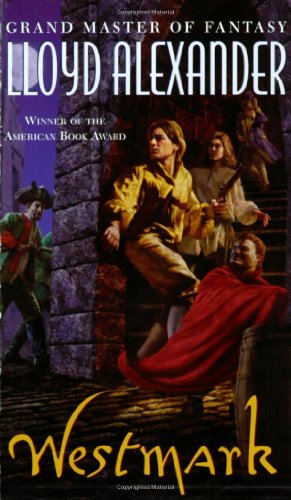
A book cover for Westmark (The Westmark Trilogy); Lloyd Alexander; Teen & Young Adult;